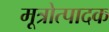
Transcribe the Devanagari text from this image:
मूत्रोत्पादक